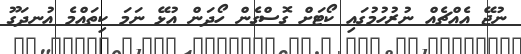
ނުޖޭ އެއްޗެއް ނުރުހުމުގައި ކޯޓަށް ގޮސްގެން ހޯދަން އުޅޭ ނަމަ ކިތައްމެ އުނދަގޫ